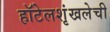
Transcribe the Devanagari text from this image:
हॉटेलशृंखलेची